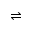
\rightleftharpoons